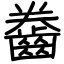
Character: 齤